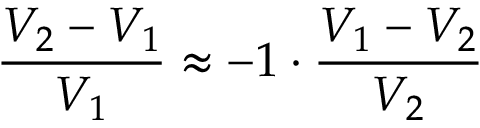
{ \frac { V _ { 2 } - V _ { 1 } } { V _ { 1 } } } \approx - 1 \cdot { \frac { V _ { 1 } - V _ { 2 } } { V _ { 2 } } }